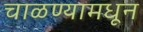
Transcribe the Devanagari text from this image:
चाळण्यामधून